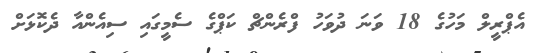
އެޕްރީލް މަހުގެ 18 ވަނަ ދުވަހު ފްރެންޗް ކަޕްގެ ސެމީގައި ސިއެންއާ ދެކޮޅަށް